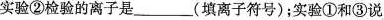
实验②检验的离子是___(填离子符号)；实验①和③说